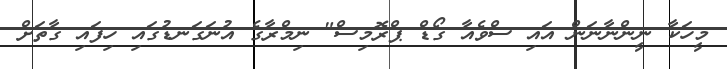
މީހަކާ ނީންނާނަން އައި ސްވެއާ ގޯޑް ޕްރޮމިސް" ނިމްރާގެ އުނަގަނޑުގައި ހިފައި ގާތަށް